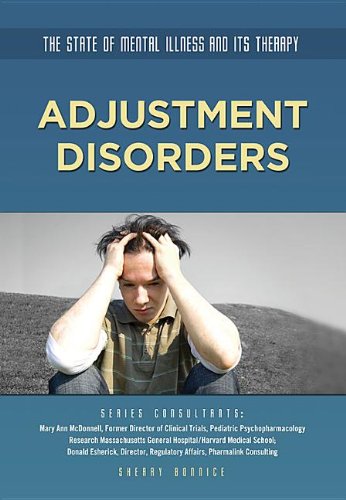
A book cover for Adjustment Disorders (State of Mental Illness and Its Therapy); Sherry Bonnice; Teen & Young Adult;